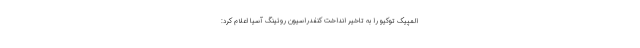
المپیک توکیو را به تاخیر انداخت کنفدراسیون روئینگ آسیا اعلام کرد: